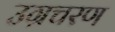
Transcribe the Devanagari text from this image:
उग्रचरण